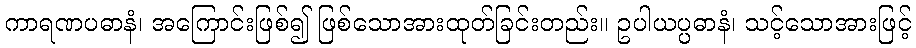
ကာရဏပဓာနံ၊ အကြောင်းဖြစ်၍ ဖြစ်သောအားထုတ်ခြင်းတည်း။ ဥပါယပ္ပဓာနံ၊ သင့်သောအားဖြင့်